Annual report of lunatic asylums [Bombay] - 1912-1922
Year: 1912
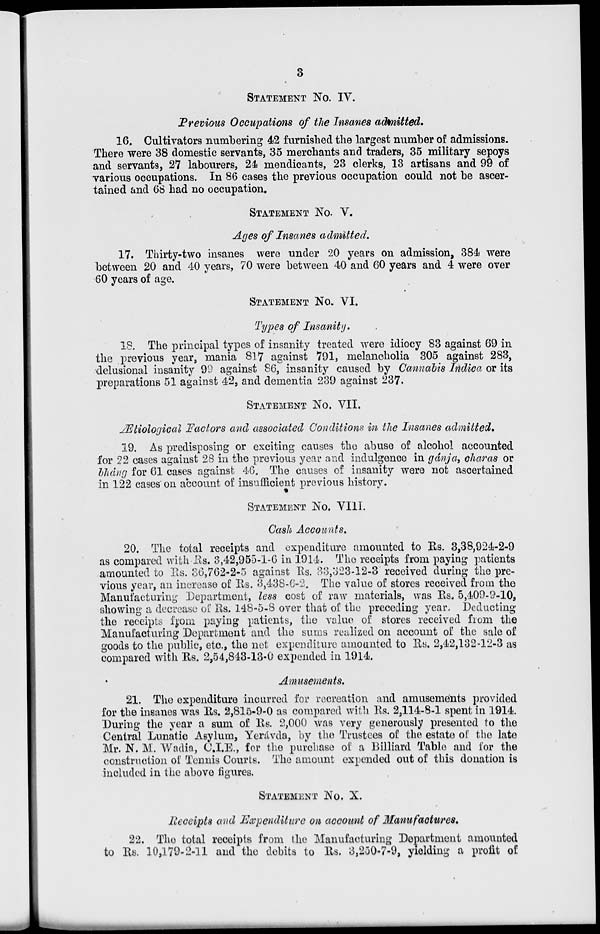
3
STATEMENT No. IV.
Previous Occupations of the Insanes admitted.
16. Cultivators numbering 42 furnished the largest number of admissions.
There were 38 domestic servants, 35 merchants and traders, 35 military sepoys
and servants, 27 labourers, 24 mendicants, 23 clerks, 13 artisans and 99 of
various occupations. In 86 cases the previous occupation could not be ascer-
tained and 68 had no occupation.
STATEMENT No. V.
Ages of Insanes admitted.
17. Thirty-two insanes were under 20 years on admission, 384 were
between 20 and 40 years, 70 were between 40 and 60 years and 4 were over
60 years of age.
STATEMENT No. VI.
Types of Insanity.
18. The principal types of insanity treated were idiocy 83 against 69 in
the previous year, mania 817 against 791, melancholia 305 against 283,
delusional insanity 99 against 86, insanity caused by Cannabis Indica or its
preparations 51 against 42, and dementia 239 against 237.
STATEMENT No. VII.
Ætiological Factors and associated Conditions in the Insanes admitted.
19. As predisposing or exciting causes the abuse of alcohol accounted
for 22 cases against 28 in the previous year and indulgence in gánja, charas or
bháng for 61 cases against 46. The causes of insanity were not ascertained
in 122 cases on account of insufficient previous history.
STATEMENT No. VIII.
Cash Accounts.
20. The total receipts and expenditure amounted to Rs. 3,38,924-2-9
as compared with Rs. 3,42,955-1-6 in 1914. The receipts from paying patients
amounted to Rs. 36,762-2-5 against Rs. 33,323-12-3 received during the pre-
vious year, an increase of Rs. 3,438-6-2. The value of stores received from the
Manufacturing Department, less cost of raw materials, was Rs. 5,409-9-10,
showing a decrease of Rs. 148-5-8 over that of the preceding year. Deducting
the receipts from paying patients, the value of stores received from the
Manufacturing Department and the sums realized on account of the sale of
goods to the public, etc., the net expenditure amounted to Rs. 2,42,132-12-3 as
compared with Rs. 2,54,843-13-0 expended in 1914.
Amusements.
21. The expenditure incurred for recreation and amusements provided
for the insanes was Rs, 2,815-9-0 as compared with Rs. 2,114-8-1 spent in 1914.
During the year a sum of Rs. 2,000 was very generously presented to the
Central Lunatic Asylum, Yerávda, by the Trustees of the estate of the late
Mr. N. M. Wadia, C.I.E., for the purchase of a Billiard Table and for the
construction of Tennis Courts. The amount expended out of this donation is
included in the above figures.
STATEMENT No. X.
Receipts and Expenditure on account of Manufactures.
22. The total receipts from the Manufacturing Department amounted
to Rs. 10,179-2-11 and the debits to Rs. 3,250-7-9, yielding a profit of